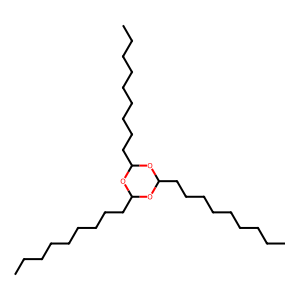
SMILES: CCCCCCCCCC1OC(CCCCCCCCC)OC(CCCCCCCCC)O1
Inhibits HIV replication: No